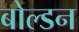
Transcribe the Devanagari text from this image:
बोल्डन